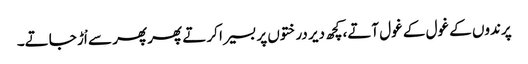
پرندوں کے غول کے غول آتے،کچھ دیر درختوں پر بسیرا کرتے پھر پھر سے اْڑ جاتے۔